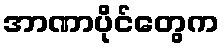
အာဏာပိုင်တွေက